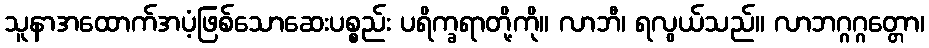
သူနာအထောက်အပံ့ဖြစ်သောဆေးပစ္စည်း ပရိက္ခရာတို့ကို။ လာဘီ၊ ရလွယ်သည်။ လာဘဂ္ဂဂ္ဂတ္တော၊